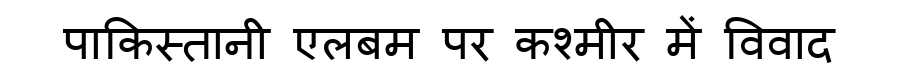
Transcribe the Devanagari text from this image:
पाकिस्तानी एलबम पर कश्मीर में विवाद